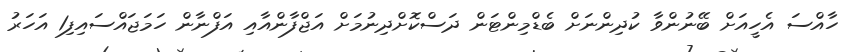
ހާއްސަ އެހީއަށް ބޭނުންވާ ކުދިންނަށް ބެޑްމިންޓަން ދަސްކޮށްދިނުމަށް އަޖްފާންއާއި އަފްނާން ހަމަޖައްސައިފި1 އަހަރު